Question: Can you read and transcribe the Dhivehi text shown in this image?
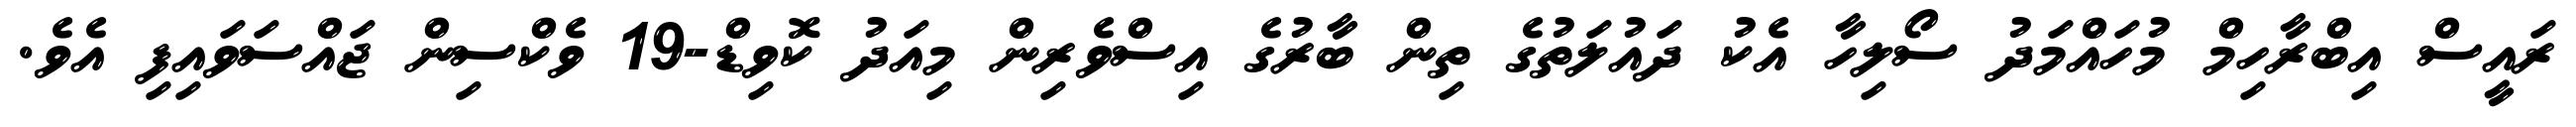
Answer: ރައީސް އިބްރާހިމް މުހައްމަދު ސޯލިހާ އެކު ދައުލަތުގެ ތިން ބާރުގެ އިސްވެރިން މިއަދު ކޮވިޑް-19 ވެކްސިން ޖައްސަވައިފި އެވެ.